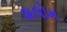
શલોમ